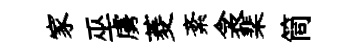
家巫虜菱紊衾棐筒